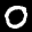
Label: 0